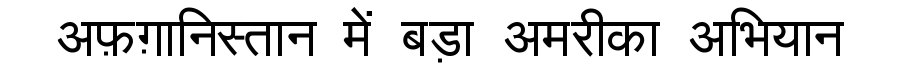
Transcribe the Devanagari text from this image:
अफ़ग़ानिस्तान में बड़ा अमरीका अभियान